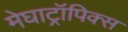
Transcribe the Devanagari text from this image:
मेघाट्रॉपिक्स